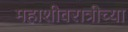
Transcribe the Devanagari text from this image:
महाशीवरात्रीच्या